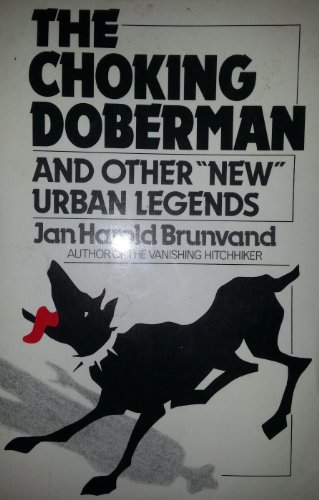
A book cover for Choking Doberman: And Other New Urban Legends; Jan Harold Brunvand; Humor & Entertainment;